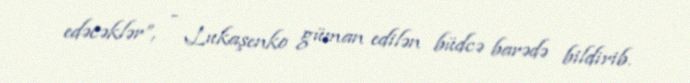
edəcəklər”, - Lukaşenko güman edilən büdcə barədə bildirib.